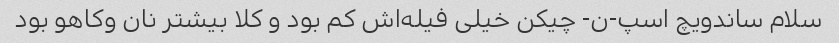
سلام ساندویچ اسپ-ن- چیکن خیلی فیله‌اش کم بود و کلا بیشتر نان وکاهو بود